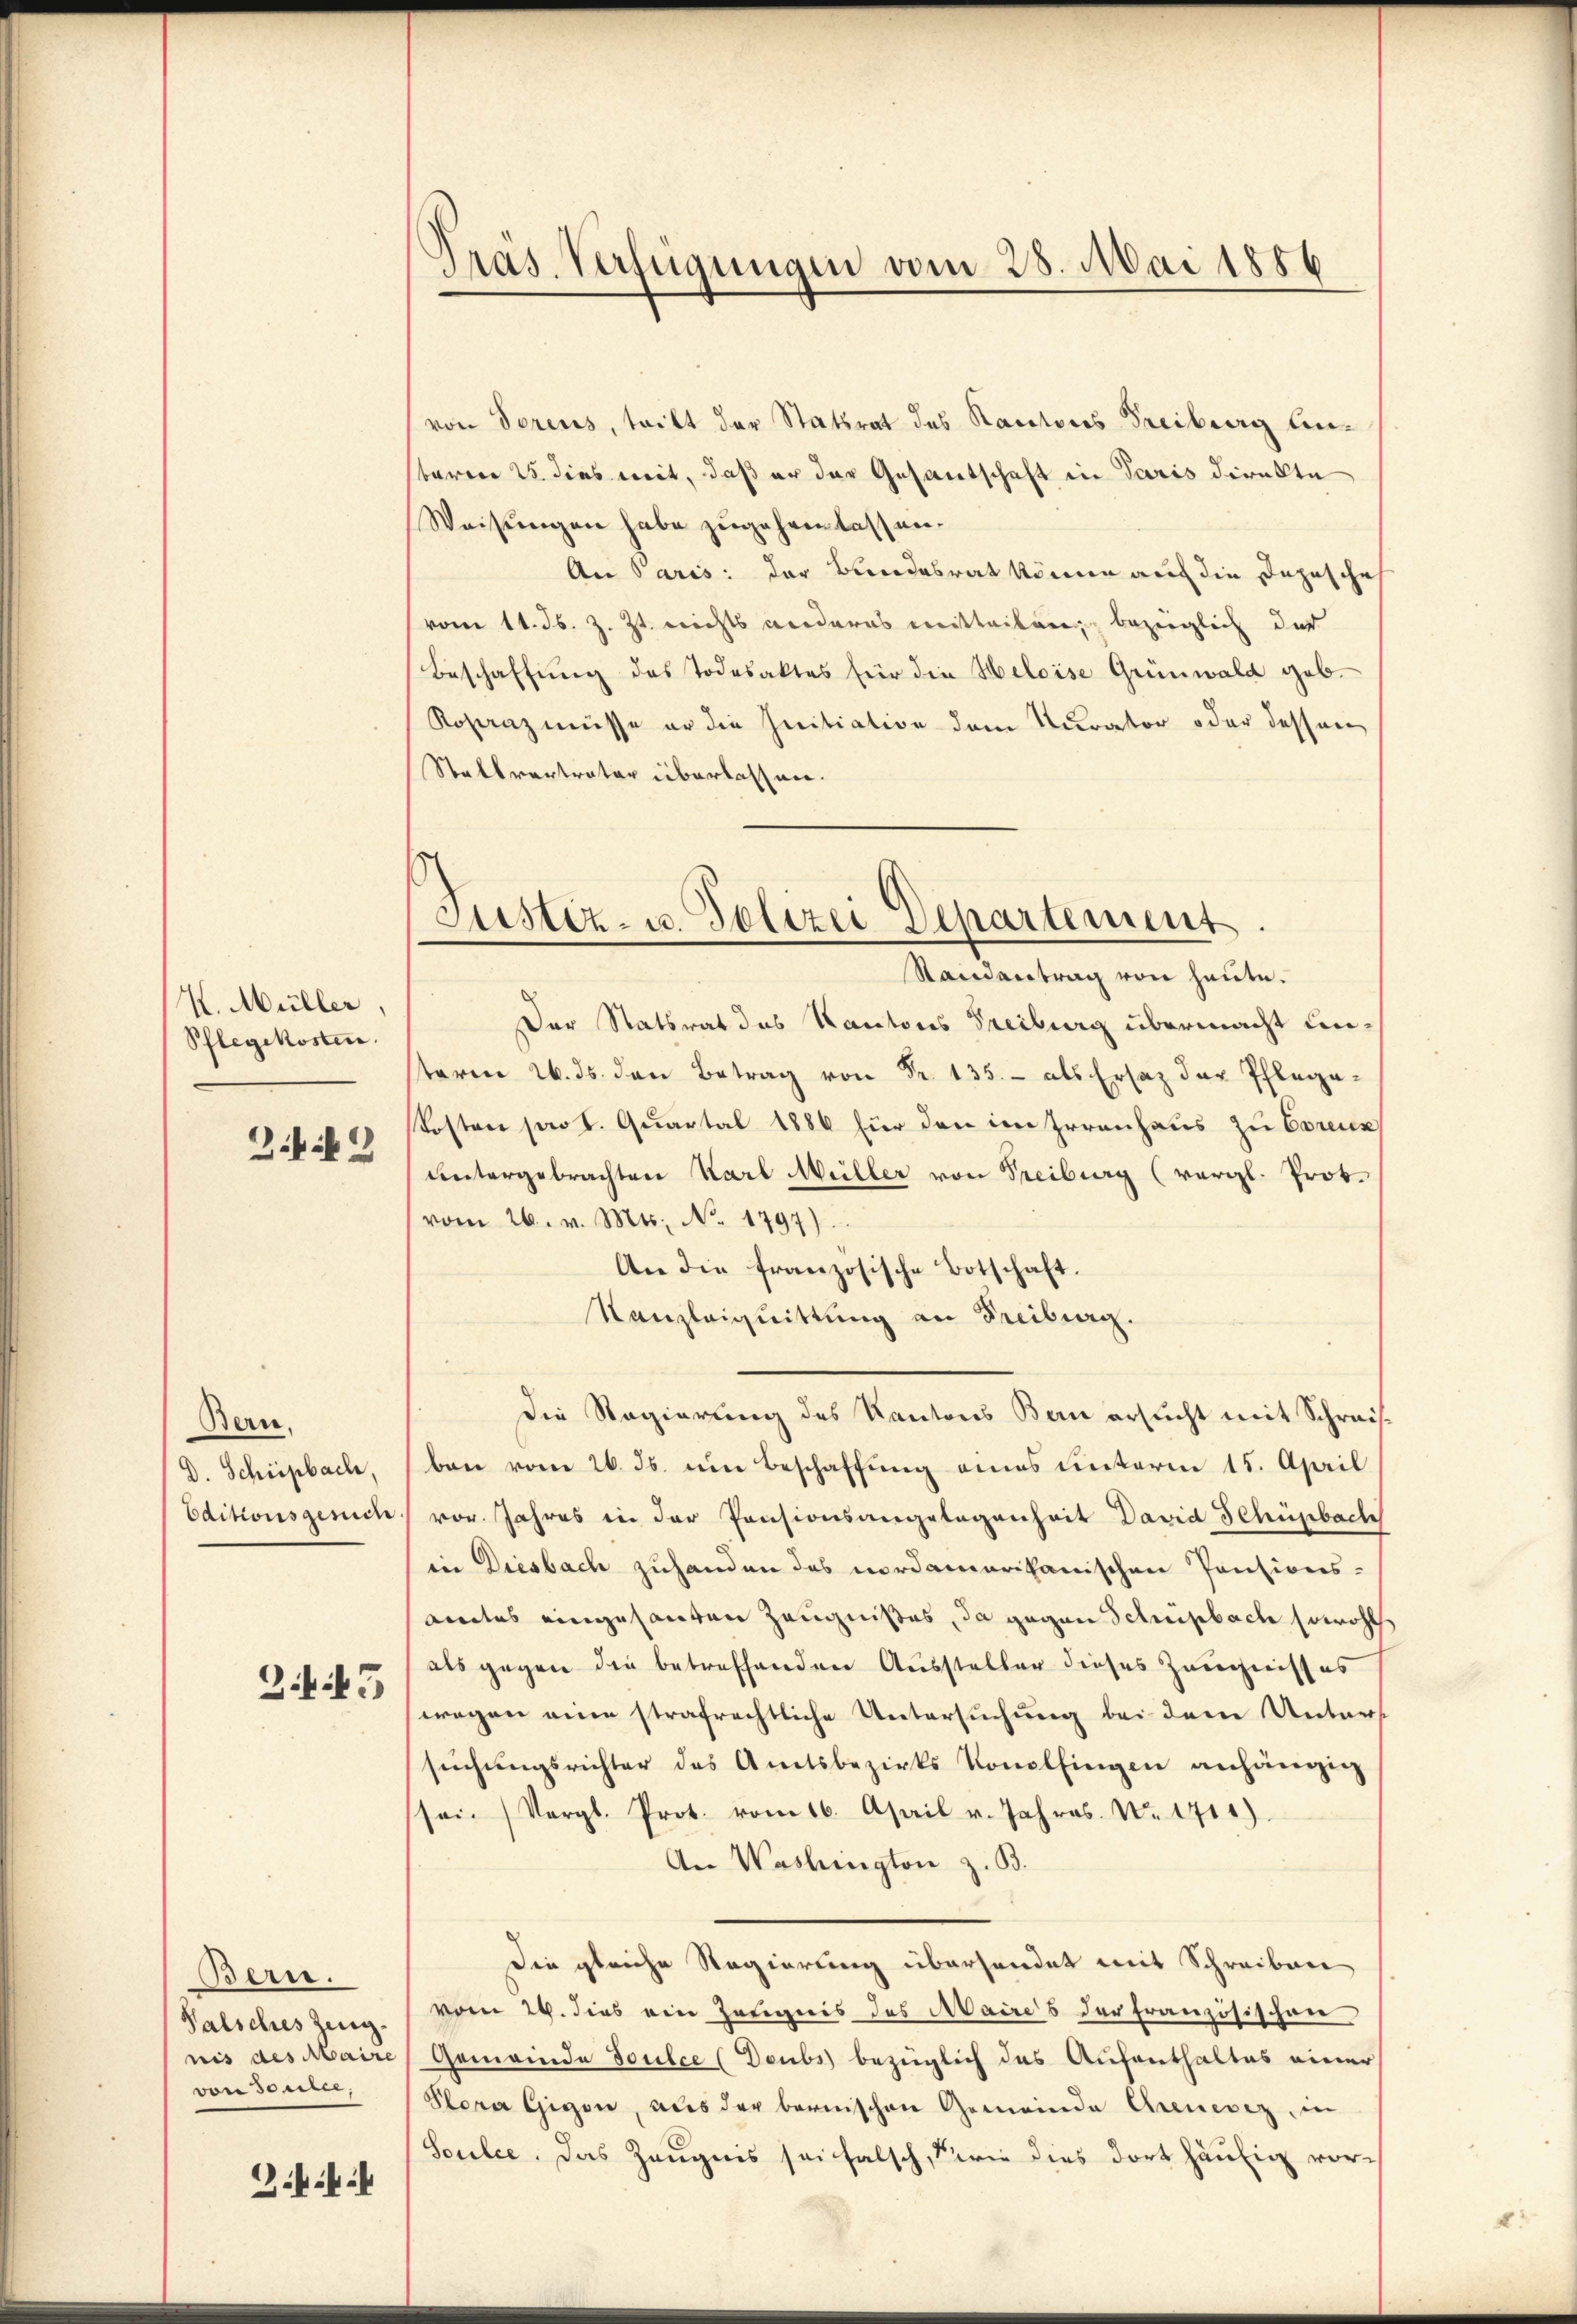
K. Müller,
Pflegekosten.
249

Bern,
D. Schüepbach,
Editionsgeriche

2445

Bern.
Palsches Zing.
nis des Maire
von Soulee,

.

Pras Verfügungen vom 28. Mai 1886

Justiz- u. Polizei Departement
Randantrag von heute.

von Torenes, tritt der Statsrat des Kantons Freiburg Anbaren 25. dies mit, daß er der Gesantschaft in Paris direkte
Weisungen habe zugehen lassen.
An Paris: der Bundesrat können auf die Depescheh
vom 11. ds. z. Zt. nichts verdares mitteilen, bezüglich des
Beschaffung des Todesaktes für die Heloise Grünwald geb.
Rosenz müsse er die Initiation dem Kurator oder dessen
Stattvertrator überlassen.
Der Statsrat des Kantons Treiburg übermacht unterm 2. ds. den Betrag von Fr. 135. - als Ersatz der Pflega¬
Kosten pro 1. Quartal 1886 für den im Irrenhaus zu Corenz
untergebrachten Karl Müller von Treiburg (vergl. Prot.
vom 26. v. Mts. No. 1797).
An die französische Botschaft.
Kanzleiguittung an Freiburg.
die Regierung des Kantons Bern ersucht mit Schreisben vom 26. ds. ein Beschaffung eines unterm 15. April
vor. Jahres in der Pensionsangelegenheit David Schüpbach
in Diesbach zuhanden das nordamerikanischen Pensions-
andes eingesanten Zeugnißes, da gegen Schupbach sowohl
als gegen die betreffenden Aussteller dieses Zeugnisses
wegen eine strafrechtliche Untersuchung bei dene Unterst
suchungsrichter des Amtsbezirks Konolfingen anhängig
sei. (Vergl. Prot. vom 16. April v. Jahres. Nr. 1711)
An Washington z. B.
Die gleiche Regierung überhandet mit Schreiben
vom 24. dies ein Zeugnis des Maires der Französischen
Gemeinde Soulce (Doubs bezüglich das Aufenthaltes einer
Plora Gegen, aus der bernischen Gemeinde Arenevez, in
Soulee. Das Zeugnis sei falsch, Serie dies dort häufig vor¬